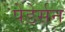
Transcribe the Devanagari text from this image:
पेडेर्सन